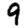
Digit: 9